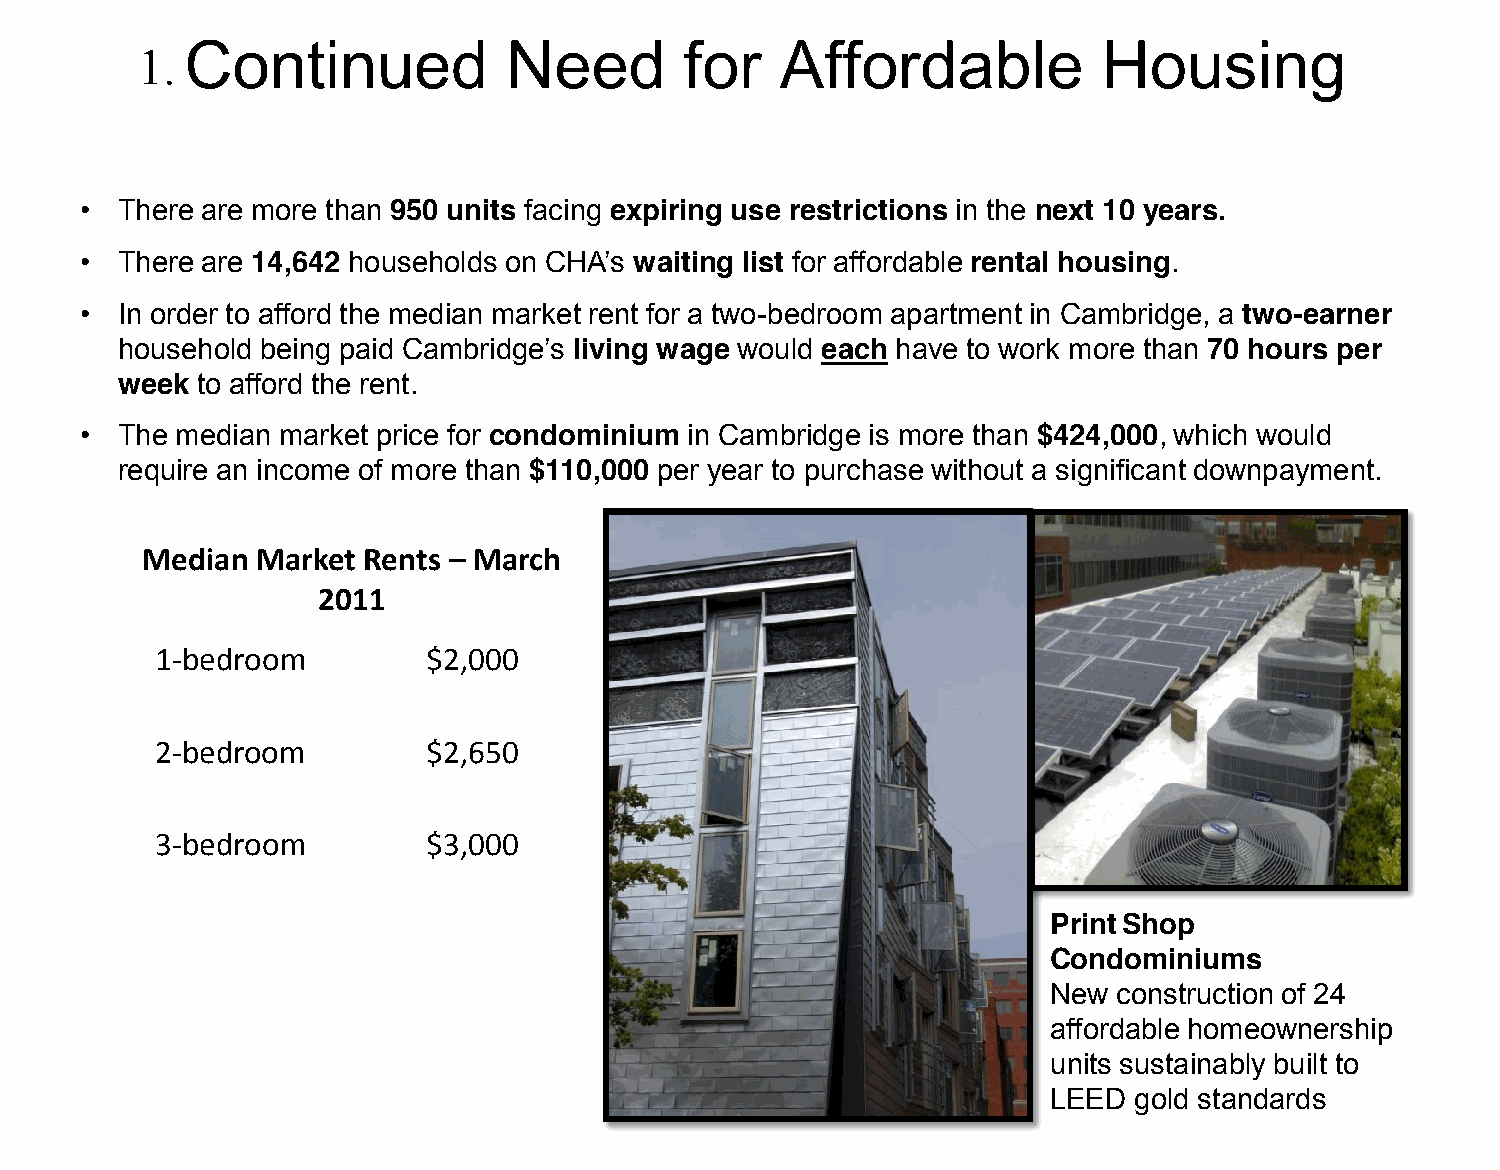
Continued             Need       for    Affordable           Housing
 •  There are more than 950 units facing expiring use restrictions in the next 10 years.
 •  There are 14,642 households on CHA’s waiting list for affordable rental housing.
 •  In order to afford the median market rent for a two-bedroom apartment in Cambridge, a two-earner
 household being paid Cambridge’s living wage would each have to work more than 70 hours per
 week to afford the rent.
 •  The median market price for condominium in Cambridge is more than $424,000, which would
 require an income of more than $110,000 per year to purchase without a significant downpayment.
 Median  Market Rents – March
 2011
 1-bedroom         $2,000
 2-bedroom         $2,650
 3-bedroom         $3,000
 PrintShop
 Condominiums
 New construction of 24
 affordable homeownership
 units sustainably built to
 LEED gold standards